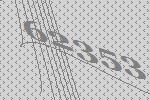
62353